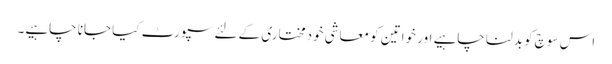
اس سوچ کو بدلنا چاہیے اور خواتین کو معاشی خودمختاری کے لئے سپورٹ کیا جانا چاہیے۔